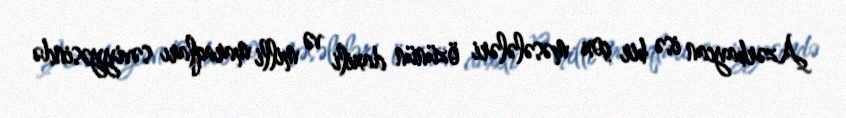
Azərbaycan isə bir çox məsələləri özünün daxili və milli maraqları səviyyəsində